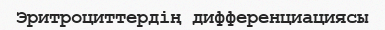
Эритроциттердің дифференциациясы